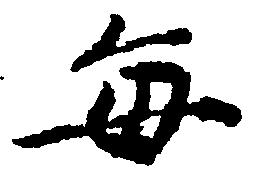
毎